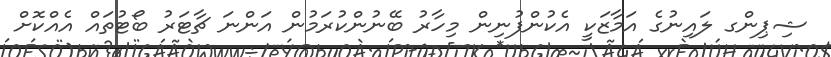
ޝިޕިންގ ލައިނުގެ އަމާޒަކީ އެކުންފުނިން މިހާރު ބޭނުންކުރަމުން އަންނަ ޗާޓަރު ބޯޓުތައް އެއްކޮށް